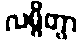
လမ္ဗိတွာ